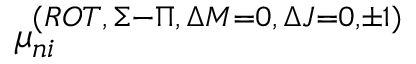
\mu _ { n i } ^ { ( R O T , \, \Sigma - \Pi , \, \Delta { M } = 0 , \, \Delta { J } = 0 , \pm 1 ) }